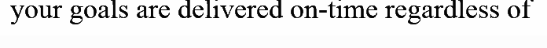
your goals are delivered on-time regardless of